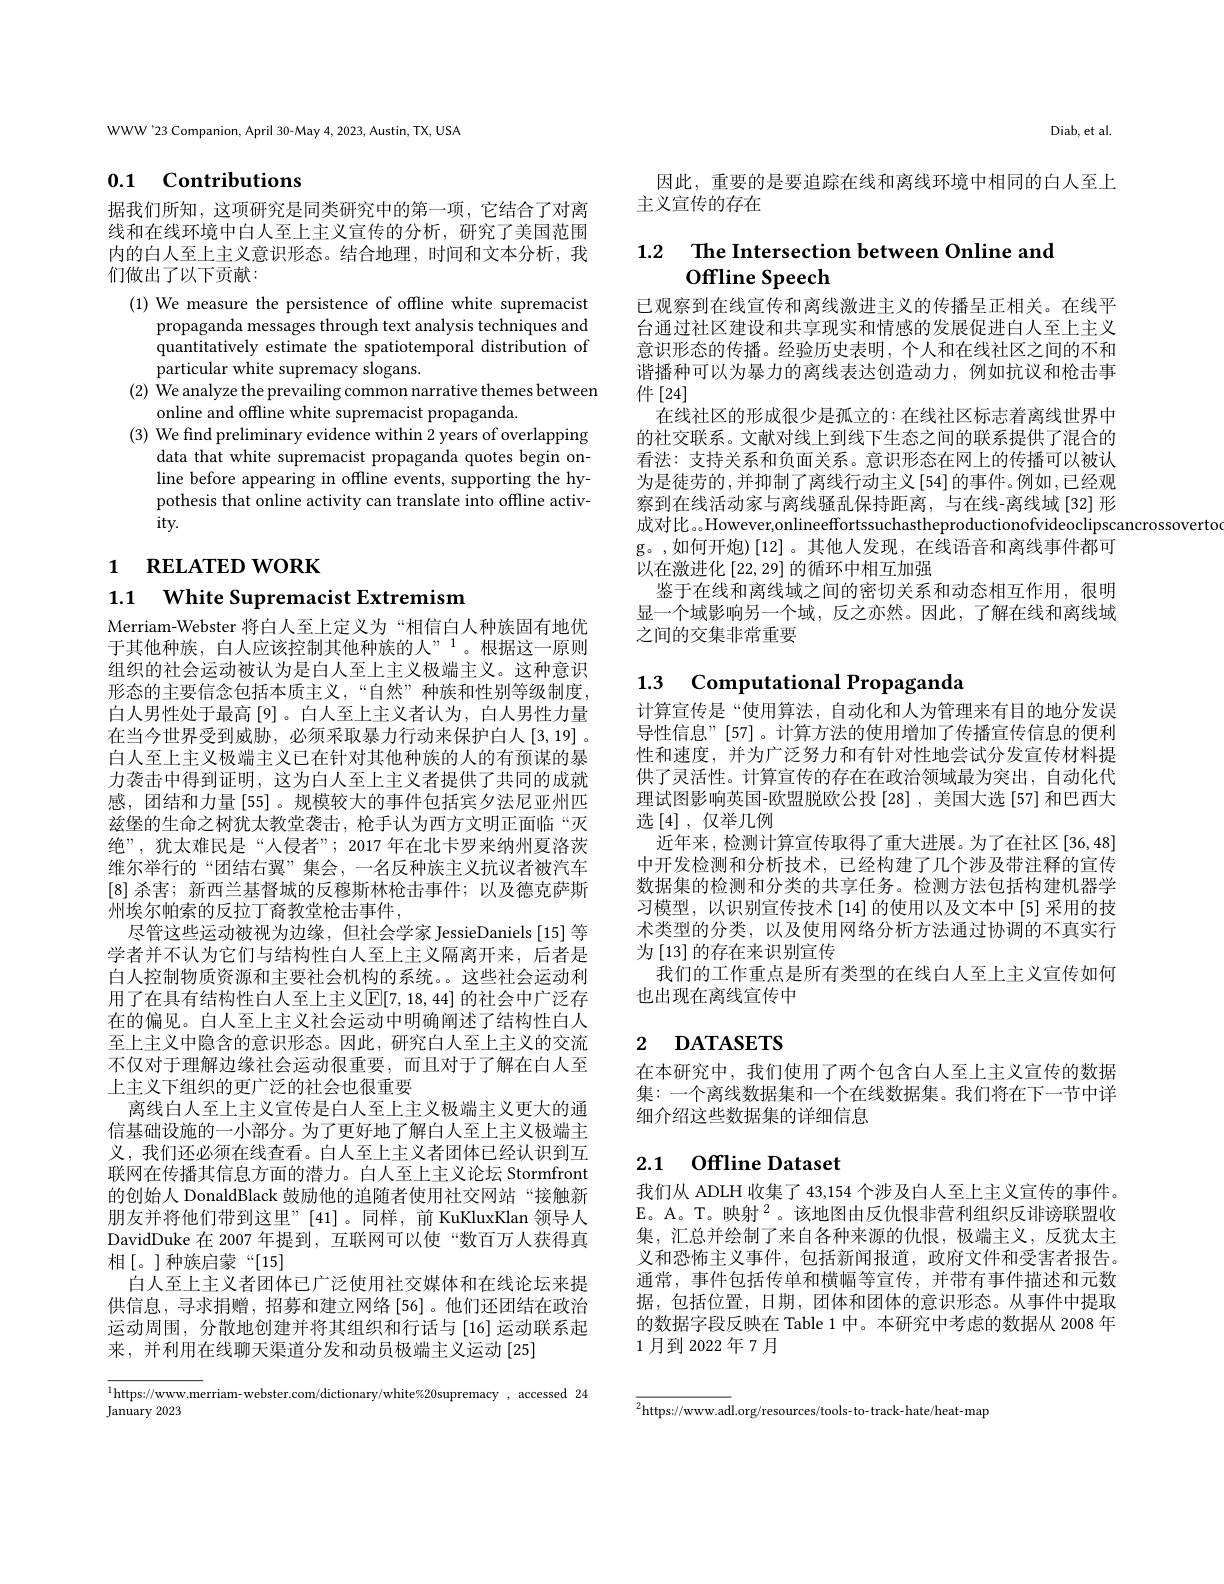
WWW'23 Companion, April 30-May 4, 2023, Austin, TX, USA

# 0.1 Contributions

据我们所知，这项研究是同类研究中的第一项，它结合了对离线和在线环境中白人至上主义宣传的分析，研究了美国范围内的白人至上主义意识形态。结合地理，时间和文本分析，我们做出了以下贡献：

(1) We measure the persistence of offline white supremacist
propaganda messages through text analysis techniques and quantitatively estimate the spatiotemporal distribution of particular white supremacy slogans.
(2) We analyze the prevailing common narrative themes between
online and offline white supremacist propaganda.
(3) We find preliminary evidence within 2 years of overlapping
data that white supremacist propaganda quotes begin online before appearing in offline events, supporting the hypothesis that online activity can translate into offline activ- $ity.$

# 1 RELATED WORK

1.1 $\textbf{White Supremacist Extremism}$

Merriam-Webster 将白人至上定义为“相信白人种族固有地优于其他种族，白人应该控制其他种族的人”。根据这一原则组织的社会运动被认为是白人至上主义极端主义。这种意识形态的主要信念包括本质主义，“自然”种族和性别等级制度白人男性处于最高[9]。白人至上主义者认为，白人男性力量在当今世界受到威胁，必须采取暴力行动来保护白人[3,19]。白人至上主义极端主义已在针对其他种族的人的有预谋的暴力袭击中得到证明，这为白人至上主义者提供了共同的成就感，团结和力量[55]。规模较大的事件包括宾夕法尼亚州匹兹堡的生命之树犹太教堂袭击，枪手认为西方文明正面临“灭绝”,犹太难民是“人侵者”;2017 年在北卡罗来纳州夏洛茨维尔举行的“团结右翼”集会，一名反种族主义抗议者被汽车[8]杀害；新西兰基督城的反穆斯林枪击事件；以及德克萨斯州埃尔帕索的反拉丁裔教堂枪击事件，
尽管这些运动被视为边缘，但社会学家 JessieDaniels [15] 等学者并不认为它们与结构性白人至上主义隔离开来，后者是白人控制物质资源和主要社会机构的系统。这些社会运动利用了在具有结构性白人至上主义$\mathbb{E}[7,18,44]$ 的社会中广泛存在的偏见。白人至上主义社会运动中明确阐述了结构性白人至上主义中隐含的意识形态。因此，研究白人至上主义的交流不仅对于理解边缘社会运动很重要，而且对于了解在白人至上主义下组织的更广泛的社会也很重要
离线白人至上主义宣传是白人至上主义极端主义更大的通信基础设施的一小部分。为了更好地了解白人至上主义极端主义，我们还必须在线查看。白人至上主义者团体已经认识到互联网在传播其信息方面的潜力。白人至上主义论坛 Stormfront 的创始人 DonaldBlack 鼓励他的追随者使用社交网站“接触新朋友并将他们带到这里”[41]。同样，前 KuKluxKlan 领导人DavidDuke 在 2007 年提到，互联网可以使“数百万人获得真相[。]种族启蒙“[15]
白人至上主义者团体已广泛使用社交媒体和在线论坛来提供信息，寻求捐赠，招募和建立网络 [56]。他们还团结在政治运动周围，分散地创建并将其组织和行话与 [16] 运动联系起来，并利用在线聊天渠道分发和动员极端主义运动[25]

$^{1}$https://www.merriam-webster.com/dictionary/white%20supremacy, accessed 24
January 2023

Diab, et al.

因此，重要的是要追踪在线和离线环境中相同的白人至上
主义宣传的存在

## 1.2 The Intersection between Online and Offline Speech

已观察到在线宣传和离线激进主义的传播呈正相关。在线平台通过社区建设和共享现实和情感的发展促进白人至上主义意识形态的传播。经验历史表明，个人和在线社区之间的不和谐播种可以为暴力的离线表达创造动力，例如抗议和枪击事件[24]
在线社区的形成很少是孤立的：在线社区标志着离线世界中的社交联系。文献对线上到线下生态之间的联系提供了混合的看法：支持关系和负面关系。意识形态在网上的传播可以被认为是徒劳的，并抑制了离线行动主义[54]的事件。例如，已经观察到在线活动家与离线骚乱保持距离，与在线-离线域[32]形成对比。。However,onlineeffortssuchastheproductionofvideoclipscancrossoverto
g。,如何开炮)[12]。其他人发现，在线语音和离线事件都可
以在激进化[22,29]的循环中相互加强
鉴于在线和离线域之间的密切关系和动态相互作用，很明显一个域影响另一个域，反之亦然。因此，了解在线和离线域之间的交集非常重要

# 1.3 Computational Propaganda

计算宣传是“使用算法，自动化和人为管理来有目的地分发误导性信息”[57]。计算方法的使用增加了传播宣传信息的便利性和速度，并为广泛努力和有针对性地尝试分发宣传材料提供了灵活性。计算宣传的存在在政治领域最为突出，自动化代理试图影响英国-欧盟脱欧公投[28] ,美国大选[57] 和巴西大选$\left[4\right]$,仅举几例
近年来，检测计算宣传取得了重大进展。为了在社区[36,48] 中开发检测和分析技术，已经构建了几个涉及带注释的宣传数据集的检测和分类的共享任务。检测方法包括构建机器学习模型，以识别宣传技术[14]的使用以及文本中[5]采用的技术类型的分类，以及使用网络分析方法通过协调的不真实行为[13]的存在来识别宣传
我们的工作重点是所有类型的在线白人至上主义宣传如何
也出现在离线宣传中

## 2 $\textbf{DATASETS}$

在本研究中，我们使用了两个包含白人至上主义宣传的数据集：一个离线数据集和一个在线数据集。我们将在下一节中详细介绍这些数据集的详细信息

# 2.1 Offline Dataset

我们从 ADLH 收集了 43,154 个涉及白人至上主义宣传的事件。E。A。T。映射$^2$。该地图由反仇恨非营利组织反诽谤联盟收集，汇总并绘制了来自各种来源的仇恨，极端主义，反犹太主义和恐怖主义事件，包括新闻报道，政府文件和受害者报告。通常，事件包括传单和横幅等宣传，并带有事件描述和元数据，包括位置，日期，团体和团体的意识形态。从事件中提取的数据字段反映在 Table 1 中。本研究中考虑的数据从 2008 年1月到2022年7月

${\overline{{^2}\text{https://www.ad}}}$l.org/resources/tools-to-track-hate/heat-map